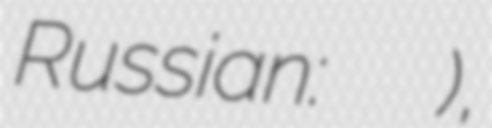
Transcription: Russian: Елена Андреевна Волкова),